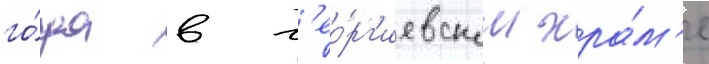
го́да в г'ео́рг'иевском хра́м'е